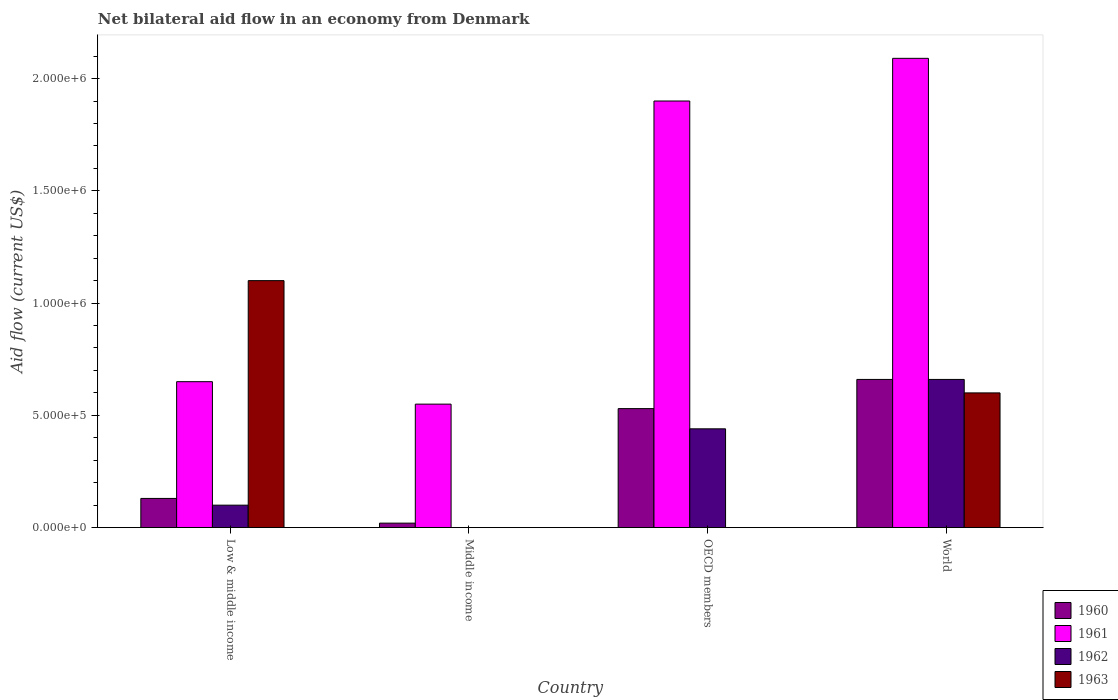
| Country | 1960 | 1961 | 1962 | 1963 |
 | --- | --- | --- | --- | --- |
 | Low & middle income | 1.3e+05 | 6.5e+05 | 1e+05 | 1.1e+06 |
 | Middle income | 2e+04 | 5.5e+05 | -1.2e+05 | -1e+05 |
 | OECD members | 5.3e+05 | 1.9e+06 | 4.4e+05 | -6e+05 |
 | World | 6.6e+05 | 2.09e+06 | 6.6e+05 | 6e+05 |